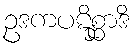
ဥဒကပဋိစ္ဆာဒိ